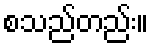
စသည်တည်း။